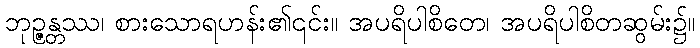
ဘုဉ္ဇန္တဿ၊ စားသောရဟန်း၏၎င်း။ အပရိပါစိတေ၊ အပရိပါစိတဆွမ်း၌။